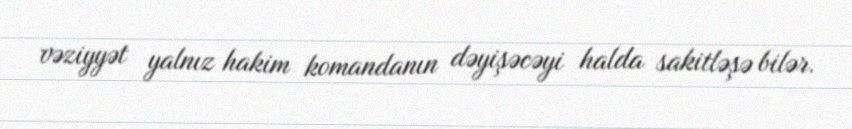
vəziyyət yalnız hakim komandanın dəyişəcəyi halda sakitləşə bilər.